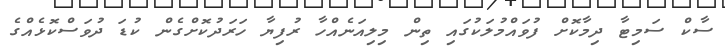
ސާކް ސަމިޓާ ދިމާކޮށް ފުވައްމުލަކުގައި ތިން މިލިއަނެއްހާ ރުފިޔާ ހަރަދުކޮށްގެން ކުޑަ ދުވަސްކޮޅެއްގެ